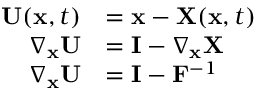
{ \begin{array} { r l } { \mathbf { U } ( \mathbf { x } , t ) } & { = \mathbf { x } - \mathbf { X } ( \mathbf { x } , t ) } \\ { \nabla _ { \mathbf { x } } \mathbf { U } } & { = \mathbf { I } - \nabla _ { \mathbf { x } } \mathbf { X } } \\ { \nabla _ { \mathbf { x } } \mathbf { U } } & { = \mathbf { I } - \mathbf { F } ^ { - 1 } } \end{array} }